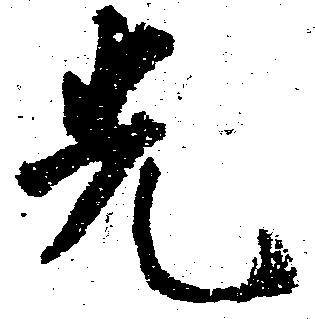
先